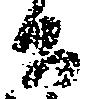
間